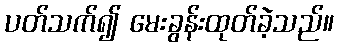
ပတ်သက်၍ မေးခွန်းထုတ်ခဲ့သည်။